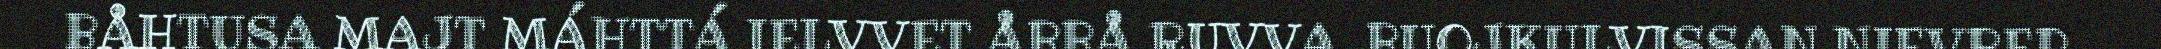
BÅHTUSA MAJT MÁHTTÁ IELVVET ÅBBÅ RUVVA, BUOJKULVISSAN NIEVREP